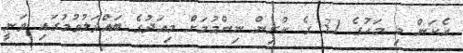
އެކަން މި މަހުގެ 31 ގެ ކުރިން ނިންމުމަށް މިއަދުގެ ބައްދަލުވުމުގައި ވަނީ